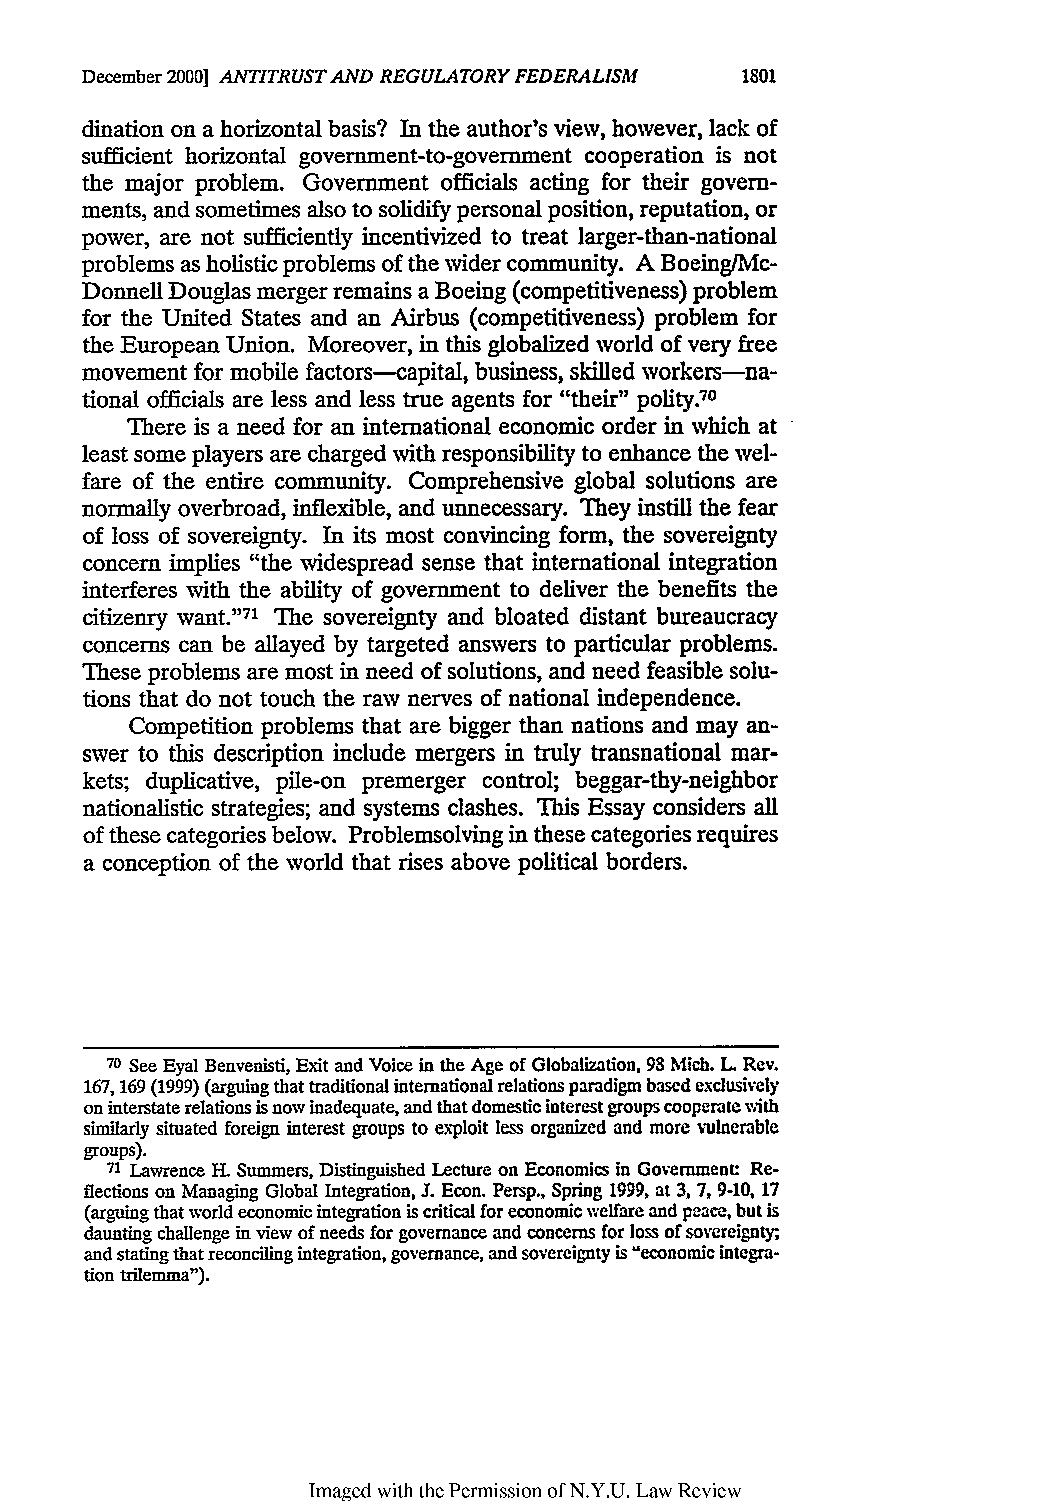
December 2000] ANTITRUST AND REGULATORY FEDERALISM 1801
 dination on a horizontal basis? In the author's view, however, lack of
 sufficient horizontal government-to-government cooperation is not
 the major problem. Government officials acting for their govern-
 ments, and sometimes also to solidify personal position, reputation, or
 power, are not sufficiently incentivized to treat larger-than-national
 problems as holistic problems of the wider community. A Boeing/Mc-
 Donnell Douglas merger remains a Boeing (competitiveness) problem
 for the United States and an Airbus (competitiveness) problem for
 the European Union. Moreover, in this globalized world of very free
 movement for mobile factors--capital, business, skilled workers-na-
 tional officials are less and less true agents for "their" polity.70
 There is a need for an international economic order in which at
 least some players are charged with responsibility to enhance the wel-
 fare of the entire community. Comprehensive global solutions are
 normally overbroad, inflexible, and unnecessary. They instill the fear
 of loss of sovereignty. In its most convincing form, the sovereignty
 concern implies "the widespread sense that international integration
 interferes with the ability of government to deliver the benefits the
 citizenry want.171 The sovereignty and bloated distant bureaucracy
 concerns can be allayed by targeted answers to particular problems.
 These problems are most in need of solutions, and need feasible solu-
 tions that do not touch the raw nerves of national independence.
 Competition problems that are bigger than nations and may an-
 swer to this description include mergers in truly transnational mar-
 kets; duplicative, pile-on premerger control; beggar-thy-neighbor
 nationalistic strategies; and systems clashes. This Essay considers all
 of these categories below. Problemsolving in these categories requires
 a conception of the world that rises above political borders.
 70 See Eyal Benvenisti, Exit and Voice in the Age of Globalization, 98 Mich. L Rev.
 167, 169 (1999) (arguing that traditional international relations paradigm based exclusively
 on interstate relations is now inadequate, and that domestic interest groups cooperate with
 similarly situated foreign interest groups to exploit less organized and more vulnerable
 groups).
 71 Lawrence H. Summers, Distinguished Lecture on Economics in Government Re-
 flections on Managing Global Integration, J. Econ. Persp., Spring 1999, at 3,7 , 9-10, 17
 (arguing that world economic integration is critical for economic welfare and peace, but is
 daunting challenge in view of needs for governance and concerns for loss of sovereignty;,
 and stating that reconciling integration, governance, and sovereignty is "economic integra-
 tion trilemma").
 Imaged with the Permission of N.Y.U. Law Review